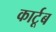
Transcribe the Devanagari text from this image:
कार्टूब